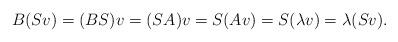
LaTeX: \begin{align*}B (S v) = (B S) v = (S A) v = S (Av) = S (\lambda v) = \lambda (S v).\end{align*}